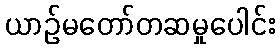
ယာဉ်မတော်တဆမှုပေါင်း